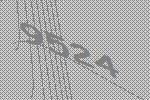
9524